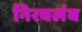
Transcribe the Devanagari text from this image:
निरवलंब